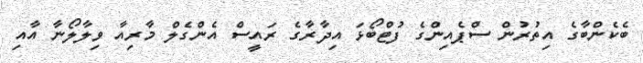
ބެކެންބާގެ އިތުރުން ސްޕެއިންގެ ފުޓްބޯޅަ އިދާރާގެ ރައީސް އެންގެލް މާރިއާ ވިލާލޯނާ އާއި